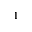
^ 1